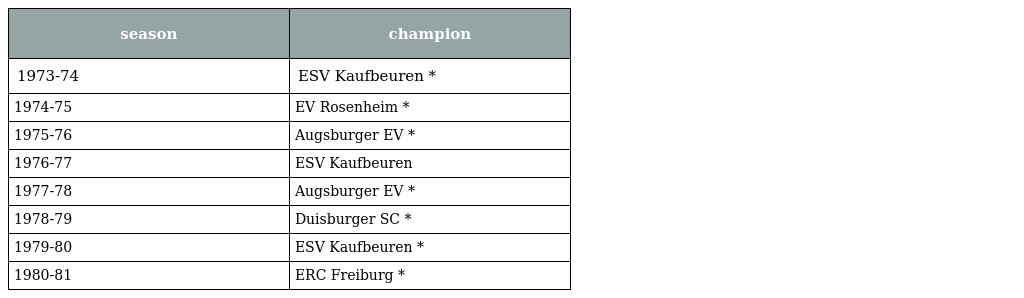
| season | champion |
 | --- | --- |
 | 1973-74 | ESV Kaufbeuren * |
 | 1974-75 | EV Rosenheim * |
 | 1975-76 | Augsburger EV * |
 | 1976-77 | ESV Kaufbeuren |
 | 1977-78 | Augsburger EV * |
 | 1978-79 | Duisburger SC * |
 | 1979-80 | ESV Kaufbeuren * |
 | 1980-81 | ERC Freiburg * |